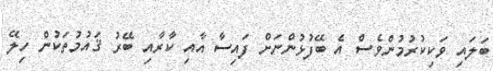
ބަލައި ވަކިކުރުމުންވެސް އެ ބޭފުޅުންނަށް ފައިސާ އާއި ކާރާއި ބޭރު ޤައުމުތަކުން ހިލޭ